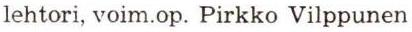
lehtori, voim.op. Pirkko Vilppunen